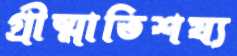
গ্রীষ্মাতিশয্য